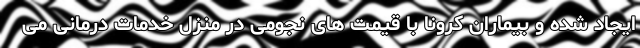
ایجاد شده و بیماران کرونا با قیمت های نجومی در منزل خدمات درمانی می